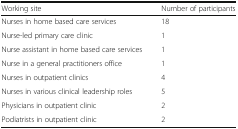
| Working site | Number of participants |
 | --- | --- |
 | Nurses in home based care services | 18 |
 | Nurse-led primary care clinic | 1 |
 | Nurse assistant in home based care services | 1 |
 | Nurse in a general practitioners office | 1 |
 | Nurses in outpatient clinics | 4 |
 | Nurses in various clinical leadership roles | 5 |
 | Physicians in outpatient clinic | 2 |
 | Podiatrists in outpatient clinic | 2 |